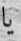
يا